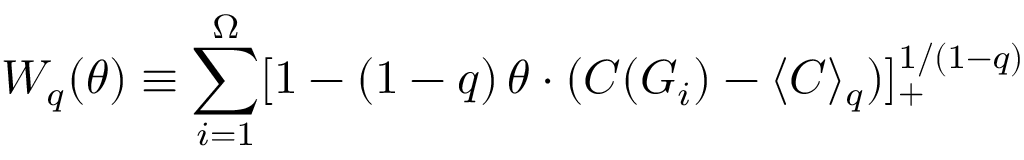
W _ { q } ( \theta ) \equiv \sum _ { i = 1 } ^ { \Omega } [ 1 - ( 1 - q ) \, \theta \cdot ( C ( G _ { i } ) - \langle C \rangle _ { q } ) ] _ { + } ^ { 1 / ( 1 - q ) }